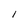
Character: I